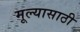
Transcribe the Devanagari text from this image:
मूल्यासाठी